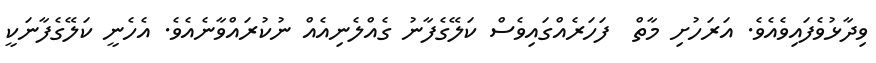
ވިދާޅުވެފައިވެއެވެ. އަރަހުށި މާތް  ފަހަރެއްގައިވެސް ކަލޭގެފާނު ގެއްލެނިއެއް ނުކުރައްވާނެއެވެ. އެހެނީ ކަލޭގެފާނަކީ